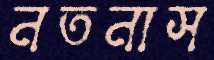
নতনাস